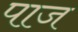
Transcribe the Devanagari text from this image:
पाज